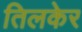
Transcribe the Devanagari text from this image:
तिलकेर